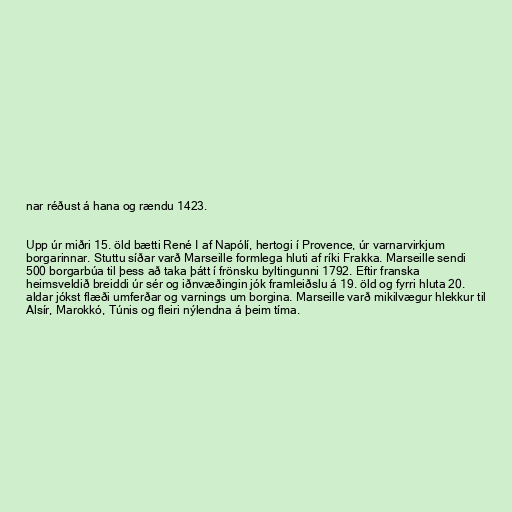
nar réðust á hana og rændu 1423.

Upp úr miðri 15. öld bætti René I af Napólí, hertogi í Provence, úr varnarvirkjum
borgarinnar. Stuttu síðar varð Marseille formlega hluti af ríki Frakka. Marseille sendi
500 borgarbúa til þess að taka þátt í frönsku byltingunni 1792. Eftir franska
heimsveldið breiddi úr sér og iðnvæðingin jók framleiðslu á 19. öld og fyrri hluta 20.
aldar jókst flæði umferðar og varnings um borgina. Marseille varð mikilvægur hlekkur til
Alsír, Marokkó, Túnis og fleiri nýlendna á þeim tíma.